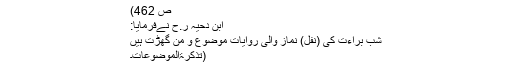
ص 462)
ابن دحیہ ر.ح نےفرمایا:
شب براءت کی (نفل) نماز والی روایات موضوع و من گھڑت ہیں
(تذکرۃالموضوعات۔